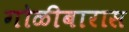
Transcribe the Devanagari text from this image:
गोळीबारास